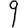
Digit: 9